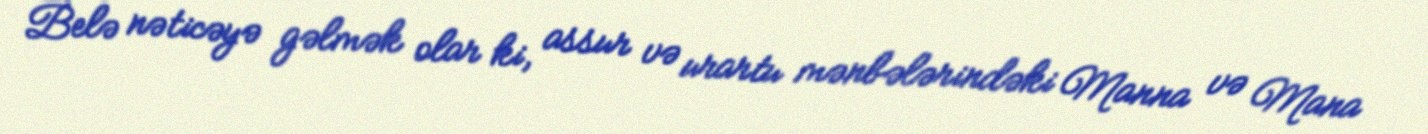
Belə nəticəyə gəlmək olar ki, assur və urartu mənbələrindəki Manna və Mana